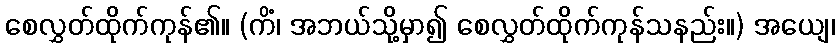
စေလွှတ်ထိုက်ကုန်၏။ (ကိံ၊ အဘယ်သို့မှာ၍ စေလွှတ်ထိုက်ကုန်သနည်း။) အယျေ၊